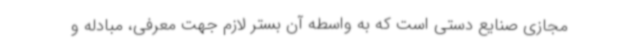
مجازی صنایع دستی است که به واسطه آن بستر لازم جهت معرفی، مبادله و